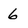
Character: 6